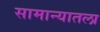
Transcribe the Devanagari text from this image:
सामान्यातला